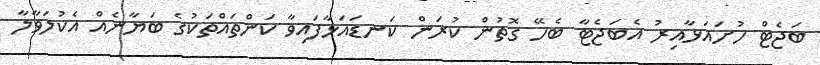
ބަޖެޓް ހުށައަޅާއިރު އެބަޖެޓާ ބެހޭ ގޮތުން ކުރަން ކަނޑައަޅާފައިވާ ކަންތައްތަކުގެ ބަޔާނެއް އެކުލަވާލާ